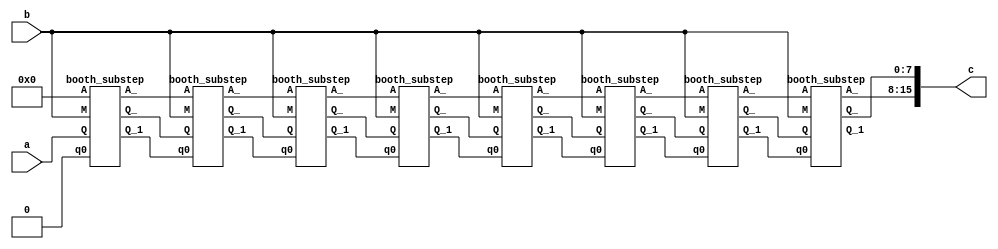
/////////////////////////////////////////////
///  Design: Booth Multiplier   \\\\\\\\\\\\\\\\\\\\\\\\\\\\
///  Designed by: Shubhi Agrawal   \\\\\\\\\\\\\\\\\\
/////////////////////////////////////////////




`timescale 1ns/1ns
module boothmul(
        input [7:0]a,b,
        output [15:0] c
        );

	wire  [7:0]Q0,Q1,Q2,Q3,Q4,Q5,Q6,Q7;
	wire  [7:0] A1,A0,A3,A2;
	wire  [7:0] A4,A5,A6,A7;
	wire [7:0] q0;
	wire qout;
	
	booth_substep step1(8'b00000000,a,1'b0,b,A1,Q1,q0[1]);
	booth_substep step2(A1,Q1,q0[1],b,A2,Q2,q0[2]);
	booth_substep step3(A2,Q2,q0[2],b,A3,Q3,q0[3]);
	booth_substep step4(A3,Q3,q0[3],b,A4,Q4,q0[4]);
	booth_substep step5(A4,Q4,q0[4],b,A5,Q5,q0[5]);
	booth_substep step6(A5,Q5,q0[5],b,A6,Q6,q0[6]);
	booth_substep step7(A6,Q6,q0[6],b,A7,Q7,q0[7]);
	booth_substep step8(A7,Q7,q0[7],b,c[15:8],c[7:0],qout);	 
endmodule

module booth_substep(
 input [7:0]A,Q,
 input  q0,
 input [7:0]M,
 output  [7:0]A_,Q_,
 output  Q_1 );

 wire [7:0] sum,difference;
 
 assign {A_,Q_,Q_1} = ((Q[0] < q0) ? {sum[7],sum,Q} : ((Q[0] > q0)  ? {difference[7], difference,Q} : {A[7],A,Q}) )  ; 
 
 ALU sub( A,~M,1'b1,difference);
 ALU add( A,M,1'b0,sum);
endmodule 

module ALU(b,a,cin,sum);
	input [7:0] a,b;
        input  cin;
	output  [7:0]sum;

   assign sum = a + b + cin;
endmodule